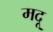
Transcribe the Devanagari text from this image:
मदू